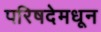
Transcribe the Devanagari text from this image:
परिषदेमधून